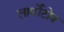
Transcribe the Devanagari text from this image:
लार्मोंटोव